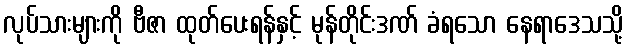
လုပ်သားများကို ဗီဇာ ထုတ်ပေးရန်နှင့် မုန်တိုင်းဒဏ် ခံရသော နေရာဒေသသို့